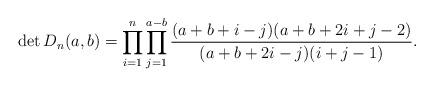
LaTeX: \begin{align*}\det D_n(a,b)=\prod_{i=1}^n\prod_{j=1}^{a-b}\frac{(a+b+i-j)(a+b+2i+j-2)}{(a+b+2i-j)(i+j-1)}.\end{align*}